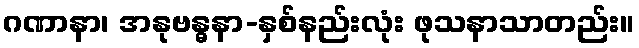
ဂဏာနာ၊ အနုဗန္ဓနာ-နှစ်နည်းလုံး ဖုသနာသာတည်း။